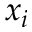
x _ { i }